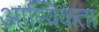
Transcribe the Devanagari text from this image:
आण्विकता